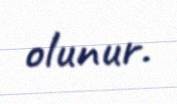
olunur.